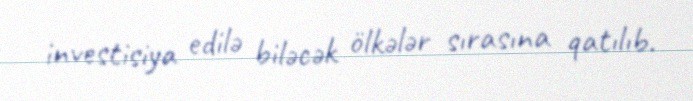
investisiya edilə biləcək ölkələr sırasına qatılıb.